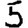
Digit: 5